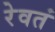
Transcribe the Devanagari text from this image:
रेवतं